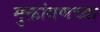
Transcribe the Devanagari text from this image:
मुक्तांगणच्या